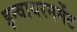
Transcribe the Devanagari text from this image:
इन्वायरनमेंट